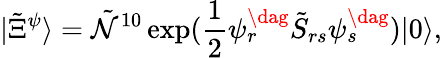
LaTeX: |\tilde{\Xi}^{\psi}\rangle=\tilde{\mathcal{N}}^{10}\exp(\frac{1}{2}\psi_{r}^{\dag}\tilde{S}_{rs}\psi_{s}^{\dag})|0\rangle,